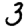
Digit: 3